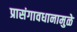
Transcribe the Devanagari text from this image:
प्रासंगावधानामुळे